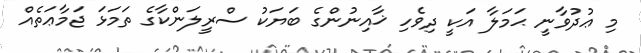
މި ޢުދުވާނީ ޙަމަލާ އަކީ ދިވެހި ޚާއިނުންގެ ބަޔަކު ސްރީލަންކާގެ ތަމަޅަ ޖަމާޢަތެއް